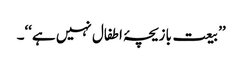
’’بیعت بازیچۂ اطفال نہیں ہے‘‘۔